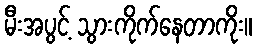
မီးအပွင့် သွားကိုက်နေတာကိုး။